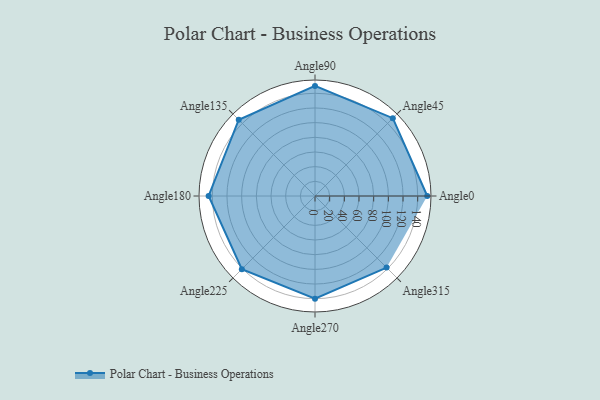
{"axis": {"x": "Angle", "y": "Radius"}, "legend": [""], "data": [{"x": "Angle0", "y": 153.0, "type": ""}, {"x": "Angle45", "y": 150.0, "type": ""}, {"x": "Angle90", "y": 150.0, "type": ""}, {"x": "Angle135", "y": 147.0, "type": ""}, {"x": "Angle180", "y": 145.0, "type": ""}, {"x": "Angle225", "y": 141.0, "type": ""}, {"x": "Angle270", "y": 140.0, "type": ""}, {"x": "Angle315", "y": 138.0, "type": ""}]}